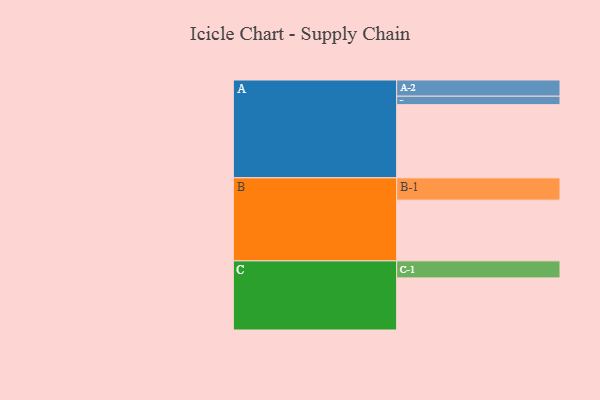
{"axis": {"x": "Segment", "y": "Value"}, "legend": ["", "A", "B", "C"], "data": [{"x": "A", "y": 538, "type": ""}, {"x": "B", "y": 446, "type": ""}, {"x": "C", "y": 383, "type": ""}, {"x": "A-1", "y": 62, "type": "A"}, {"x": "A-2", "y": 119, "type": "A"}, {"x": "B-1", "y": 164, "type": "B"}, {"x": "C-1", "y": 125, "type": "C"}]}